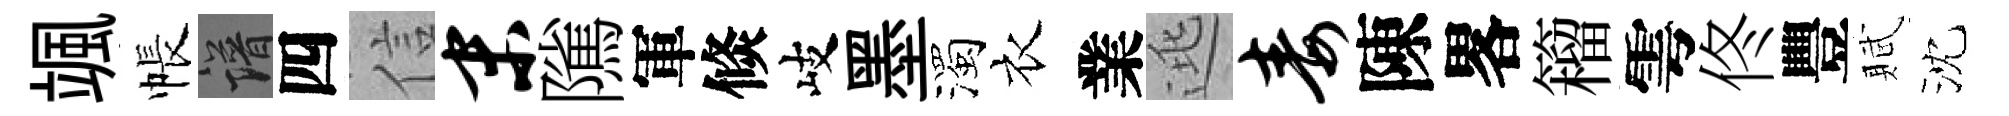
颯帳譜四信末隲軍倐岐墨濁衣業逃毒陳畧籕雩佟豐賦沈